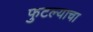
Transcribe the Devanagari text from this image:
फुटल्याचा